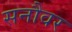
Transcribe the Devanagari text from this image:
सनौवर